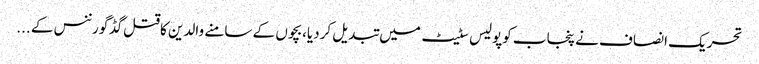
تحریک انصاف نے پنجاب کوپولیس سٹیٹ میں تبدیل کردیا،بچوں کے سامنے والدین کاقتل گڈگورننس کے ...